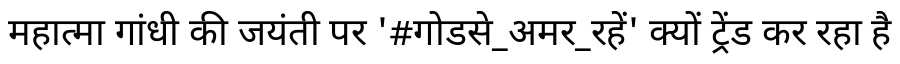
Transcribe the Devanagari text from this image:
महात्मा गांधी की जयंती पर '#गोडसे_अमर_रहें' क्यों ट्रेंड कर रहा है